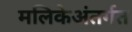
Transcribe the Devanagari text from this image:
मलिकेअंतर्गत